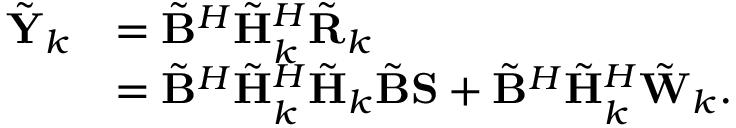
\begin{array} { r l } { \tilde { \mathbf { Y } } _ { k } } & { = \tilde { \mathbf { B } } ^ { H } \tilde { \mathbf { H } } _ { k } ^ { H } \tilde { \mathbf { R } } _ { k } } \\ & { = \tilde { \mathbf { B } } ^ { H } \tilde { \mathbf { H } } _ { k } ^ { H } \tilde { \mathbf { H } } _ { k } \tilde { \mathbf { B } } \mathbf { S } + \tilde { \mathbf { B } } ^ { H } \tilde { \mathbf { H } } _ { k } ^ { H } \tilde { \mathbf { W } } _ { k } . } \end{array}